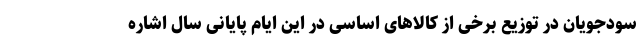
سودجویان در توزیع برخی از کالاهای اساسی در این ایام پایانی سال اشاره